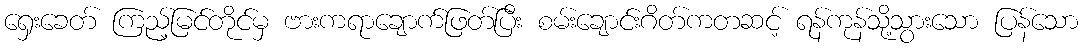
ရှေးခေတ် ကြည့်မြင်တိုင်မှ ဗားကရာချောက်ဖြတ်ပြီး စမ်းချောင်းဂိတ်ကတဆင့် ရန်ကုန်သို့သွားသော ပြန်သော